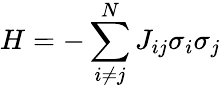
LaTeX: H=-\sum_{i\ne j}^{N}{{{J}_{ij}}{{\sigma}_{i}}}{{\sigma}_{j}}